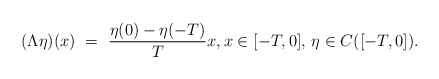
\begin{align*}(\Lambda\eta)(x) \ = \ \frac{\eta(0)-\eta(-T)}{T}x, x\in[-T,0],\,\eta\in C([-T,0]).\end{align*}